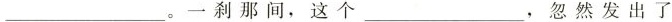
___。一刹那间，这个___，忽然发出了